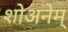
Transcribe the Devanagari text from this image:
शोअनेम्